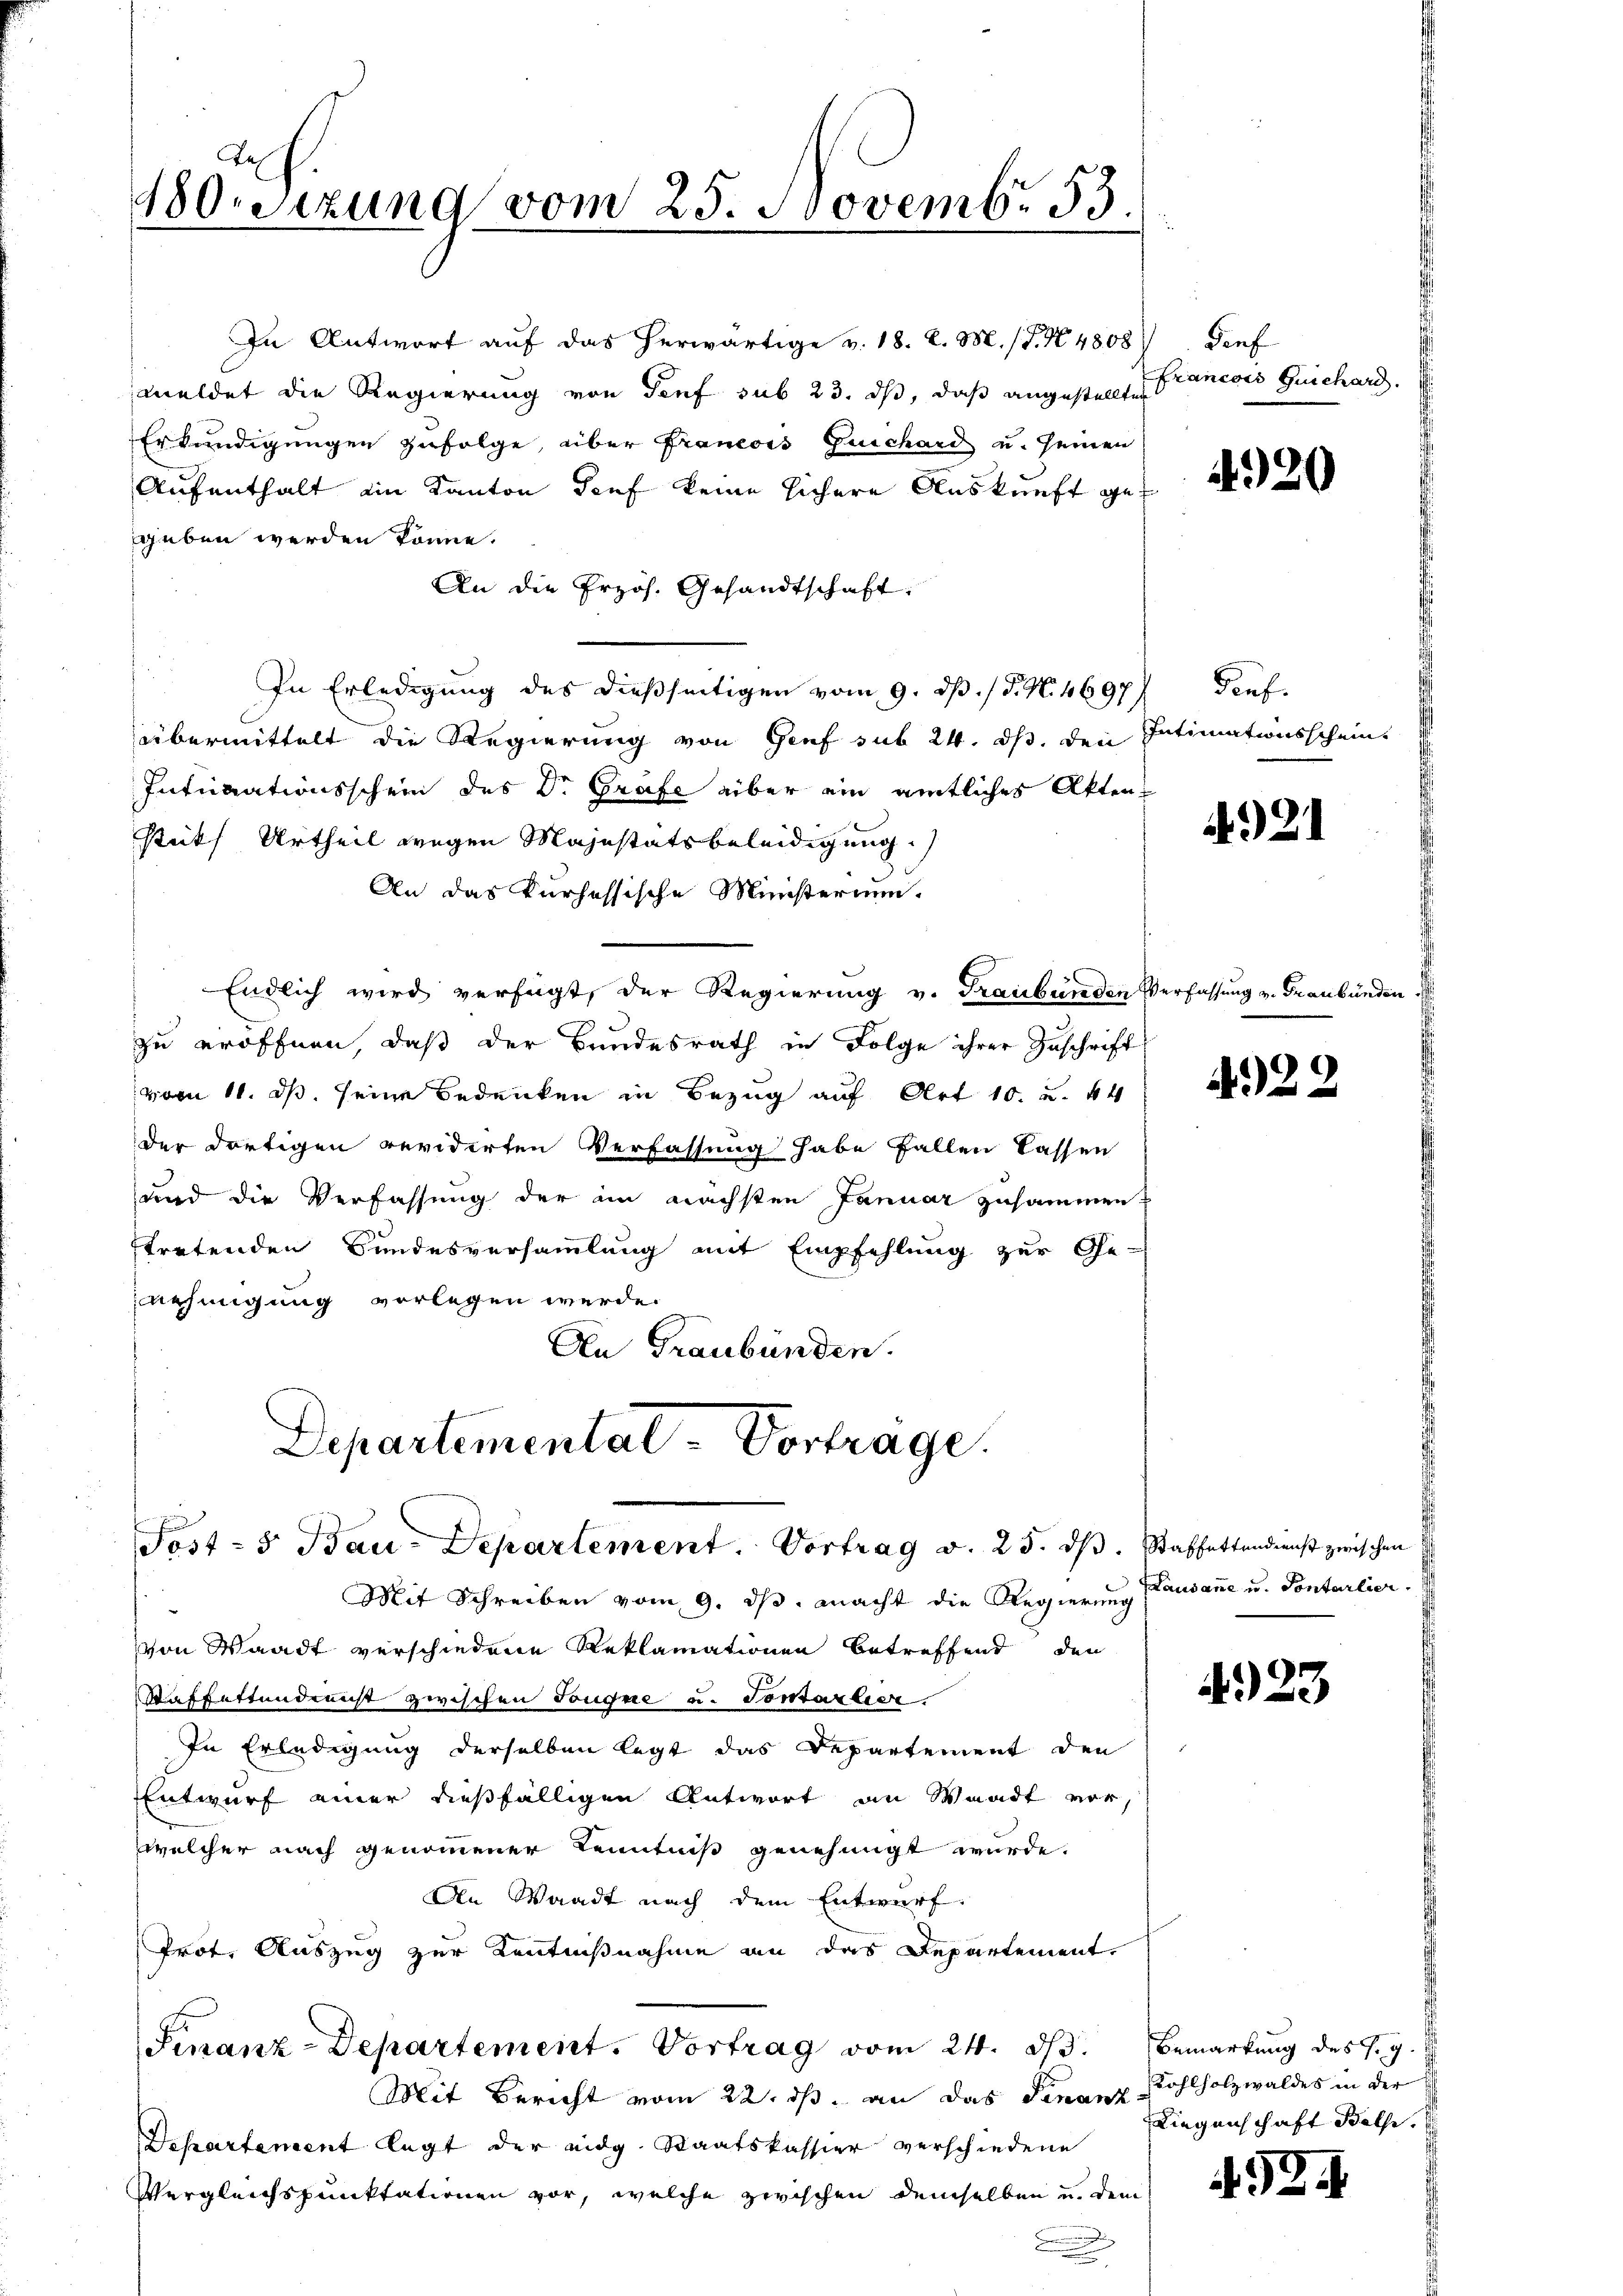
Tes
480sizung vom 25. Novembr 53

In Antwort auf das herwärtige v. 18. d. M. (T. N. 4808) Dief
meldet die Regierung von Genf sub 23. ds, daß angestellten
Erkundigungen zufolge, über Francois Guichard u. seinen
Aufenthalt ain Kanton Genf keine sichere Auskunft gegeben werden könne.
An die Erzös. Gesandtschaft.
In Erledigung des dießseitigen vom 9. dß. / P. N. 4697) Genf.
übermittelt die Regierung von Genf sub 24. ds. den Intimationsschein
Intimationsschein des Dr. Grafe aber ein amtliches Aktenstüks Urtheil wegen Majestätsbeleidigung.)
An das Kurhessische Ministerium.
Endlich wird verfügt, der Regierung v. Graubünden Verfassung v. Graubünden
zu eröffnen, daß der Bundesrath in Folge ihrer Zuschrift
vom 11. ds. seine Bedenken in Bezug auf Art 10. u. 44
der dortigen revidirten Verfassung habe fallen lassen
und die Verfassung der im nächsten Januar zusammen
ftretenden Bundesversammlung mit Empfehlung zur Ge-
nehmigung vorlegen werde.
An Graubünden.
Departementat Vortrage.

Sost- 5 Bau-Departement. Vortrag v. 25. ds. Staffettendienst zwischen
Mit Schreiben vom 9. ds. macht die Regierung Pausanne u. Sontarlier.

von Waadt verschiedene Reklamationen betreffend den
Waffettendreicht zwischen Tongue u. Sontarlier.
In Erledigung derselben legt das Departement den
Entwurf einer dießfälligen Antwort an Waadt vor,
welcher nach genommener Kenntniß genehmigt wurde.
An Waadt nach dem Entwurf.
Prot. Auszug zur Kenntnißnahme an das Departement,
Finanz-Departement. Vortrag vom 24. ds. Bemarkung des J. g
Mit Bericht vom 22. ds. an das Finanz Kohlholzwaldes in der
Departement legt der eidg. Staatskassier verschiedene
Vergleichspunktationen vor, welche zwischen demselben u. dem

Francois Geschard.

4920

21

4922

423

Liegenschaft Bolle.

493.